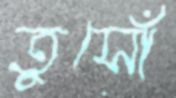
তুসোঁ